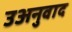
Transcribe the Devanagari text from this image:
उअनुवाद